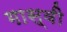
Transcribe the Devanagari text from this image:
गास्वी